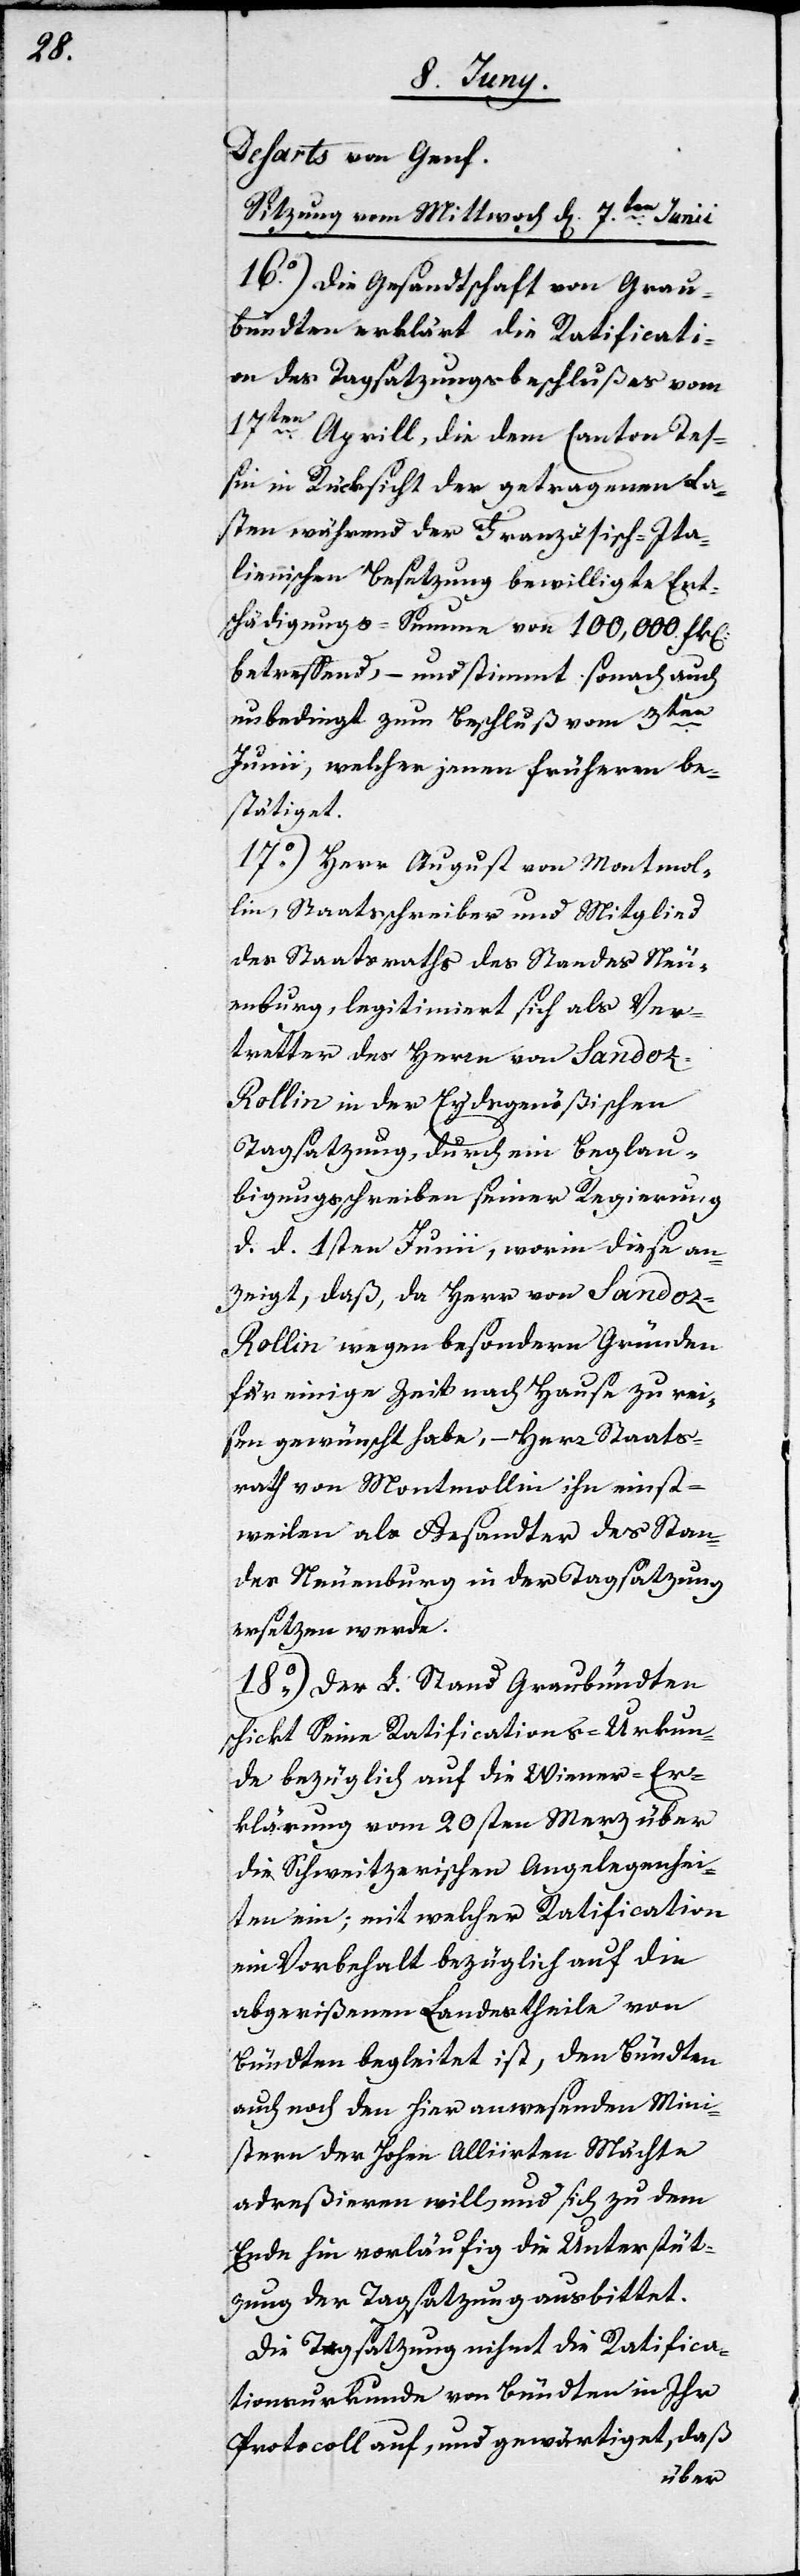
ii.

Deharts von Genf.
Sitzung vom Mittwoch den 7.ten Jun¬
16o) Die Gesandtschaft von Grau¬
bündten erklärt die Ratificati¬
on des Tagsatzungsbeschlußes vom
17ten Aprill, die dem Canton Teß¬
in in Rücksicht der getragenen La¬
sten während der Französisch-Ita¬
lienischen Besetzung bewilligte Ent¬
schädigungs-Summe von 100,000. Frk[en].
betreffend, – und stimmt sonach auch
unbedingt zum Beschluß vom 3ten
Junii, welcher jenen früheren be¬
stätiget.
17o) Herr August von Montmol¬
lin, Stadtschreiber und Mitglied
des Staatsraths des Standes Neu¬
enburg, legitimiert sich als Ver¬
tretter des Herrn von Sandoz-R¬
ollin in der Eydsgenößischen
Tagsatzung, durch ein Beglau¬
bigungsschreiben seiner Regierung
d. d. 1sten Junii, worin diese an¬
zeigt, daß, da Herr von Sando¬
z-Rollin wegen besondern Gründen
für einige Zeit nach Hause zu rei¬
sen gewünscht habe, – Herr Staats¬
rath von Montmollin ihn einst¬
weilen als Gesandter des Stan¬
des Neuenburg in der Tagsatzung
ersetzen werde.
18o) Der L. Stand Graubündten
schickt Seine Ratifications-Urkun¬
de bezüglich auf die Wiener-Er¬
klärung vom 20sten Merz über
die Schweitzerischen Angelegenhei¬
ten ein; mit welcher Ratification
ein Vorbehalt bezüglich auf die
abgerißenen Landtheile von
Bündten begleitet ist, den Bündten
auch noch den hier anwesenden Min¬
istern der Hohen Alliirten Mächte
adreßieren will und sich zu dem
Ende hin vorläufig die Unterstüt¬
zung der Tagsatzung ausbittet.
Die Tagsatzung nihmt die Ratifica¬
tionsurkunde von Bündten in Ihr
Protocoll auf, und gewärtiget, daß